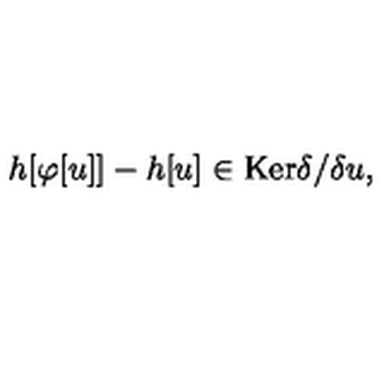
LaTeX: h [ \varphi [ u ] ] - h [ u ] \in \mathrm { K e r } \delta / \delta u ,